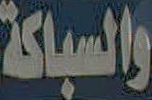
والسباكة